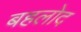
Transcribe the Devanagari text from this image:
बहलोद